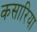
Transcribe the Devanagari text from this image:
कसारिया